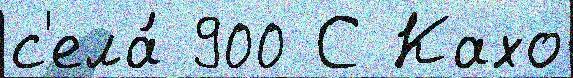
с'ела́ 900 С Кахо